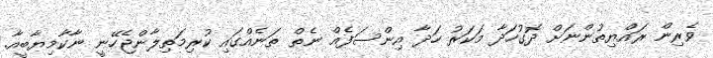
ވެރިން ރައްޔިތުންނަށް ދޮގުހަދާ މަކަރު ހަދާ އިންސަފެއް ނެތް ތަނެއްގައި ކުރިމަތިލާންޖެހޭނީ ނާކާމިޔާބީއާ.